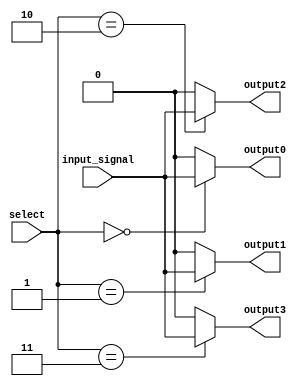
module demux_2to4 (
  input wire [1:0] select,
  input wire input_signal,
  output reg output0,
  output reg output1,
  output reg output2,
  output reg output3
);

always @(*)
begin
  output0 = (select == 2'b00) ? input_signal : 1'b0;
  output1 = (select == 2'b01) ? input_signal : 1'b0;
  output2 = (select == 2'b10) ? input_signal : 1'b0;
  output3 = (select == 2'b11) ? input_signal : 1'b0;
end

endmodule